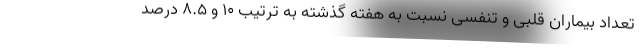
تعداد بیماران قلبی و تنفسی نسبت به هفته گذشته به ترتیب ۱۰ و ۸.۵ درصد